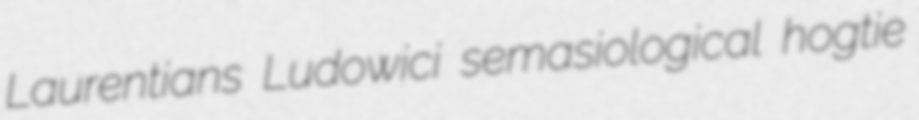
Laurentians Ludowici semasiological hogtie